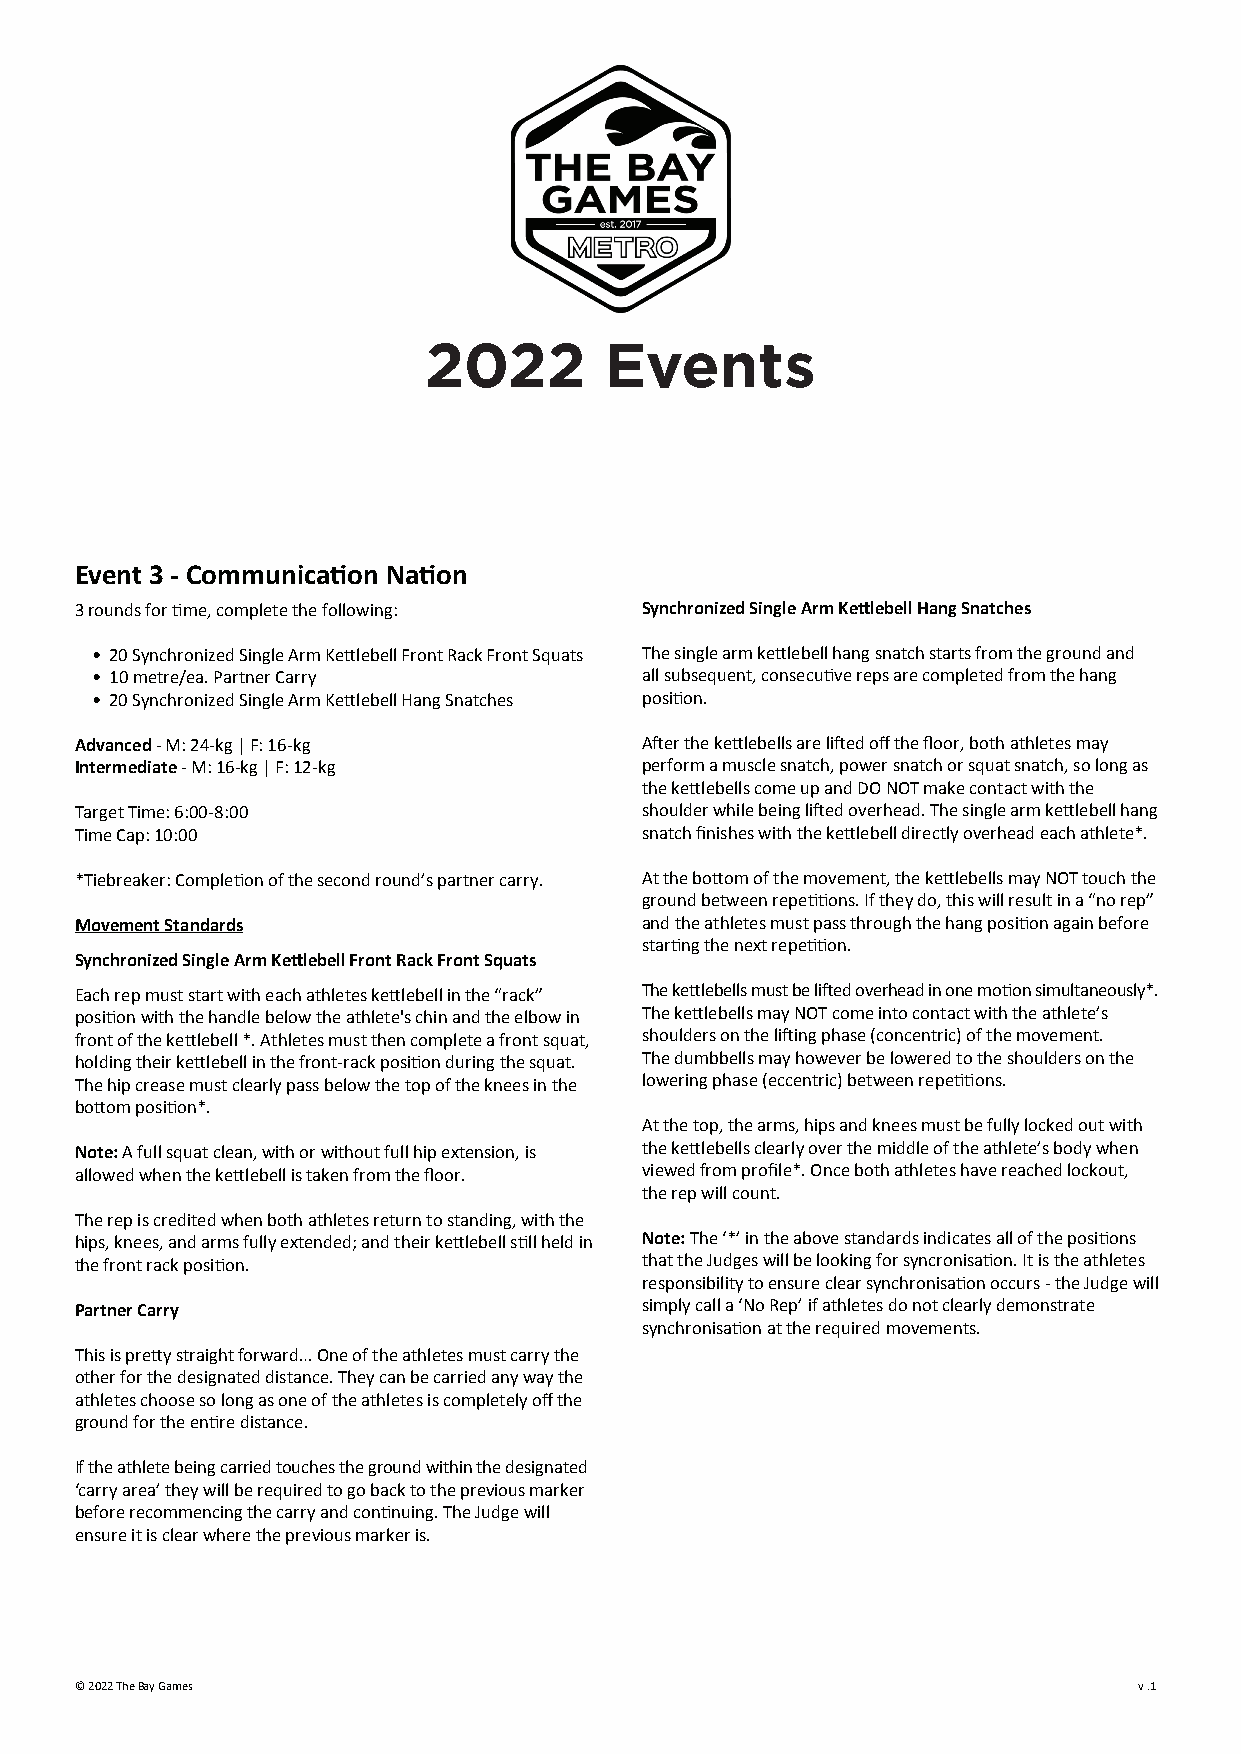
2022        Events
 Event 3 - Communication Nation
 3 rounds for time, complete the following: Synchronized Single Arm Kettlebell Hang Snatches
 • 20 Synchronized Single Arm Kettlebell Front Rack Front Squats The single arm kettlebell hang snatch starts from the ground and
 • 10 metre/ea. Partner Carry        all subsequent, consecutive reps are completed from the hang
 • 20 Synchronized Single Arm Kettlebell Hang Snatches position.
 Advanced - M: 24-kg | F: 16-kg       After the kettlebells are lifted off the floor, both athletes may
 Intermediate - M: 16-kg | F: 12-kg   perform a muscle snatch, power snatch or squat snatch, so long as
 the kettlebells come up and DO NOT make contact with the
 Target Time: 6:00-8:00               shoulder while being lifted overhead. The single arm kettlebell hang
 Time Cap: 10:00                      snatch finishes with the kettlebell directly overhead each athlete*.
 *Tiebreaker: Completion of the second round’s partner carry. At the bottom of the movement, the kettlebells may NOT touch the
 ground between repetitions. If they do, this will result in a “no rep”
 Movement Standards                   and the athletes must pass through the hang position again before
 starting the next repetition.
 Synchronized Single Arm Kettlebell Front Rack Front Squats
 Each rep must start with each athletes kettlebell in the “rack” The kettlebells must be lifted overhead in one motion simultaneously*.
 position with the handle below the athlete's chin and the elbow in The kettlebells may NOT come into contact with the athlete’s
 front of the kettlebell *. Athletes must then complete a front squat, shoulders on the lifting phase (concentric) of the movement.
 holding their kettlebell in the front-rack position during the squat. The dumbbells may however be lowered to the shoulders on the
 The hip crease must clearly pass below the top of the knees in the lowering phase (eccentric) between repetitions.
 bottom position*.
 At the top, the arms, hips and knees must be fully locked out with
 Note: A full squat clean, with or without full hip extension, is the kettlebells clearly over the middle of the athlete’s body when
 allowed when the kettlebell is taken from the floor. viewed from profile*. Once both athletes have reached lockout,
 the rep will count.
 The rep is credited when both athletes return to standing, with the
 hips, knees, and arms fully extended; and their kettlebell still held in Note: The ‘*’ in the above standards indicates all of the positions
 the front rack position.             that the Judges will be looking for syncronisation. It is the athletes
 responsibility to ensure clear synchronisation occurs - the Judge will
 Partner Carry                        simply call a ‘No Rep’ if athletes do not clearly demonstrate
 synchronisation at the required movements.
 This is pretty straight forward… One of the athletes must carry the
 other for the designated distance. They can be carried any way the
 athletes choose so long as one of the athletes is completely off the
 ground for the entire distance.
 If the athlete being carried touches the ground within the designated
 ‘carry area’ they will be required to go back to the previous marker
 before recommencing the carry and continuing. The Judge will
 ensure it is clear where the previous marker is.
 © 2022 The Bay Games                                                  v .1